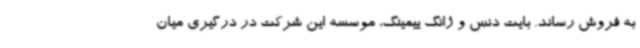
به فروش رساند. بایت دنس و ژانگ ییمینگ، موسسه این شرکت در درگیری میان